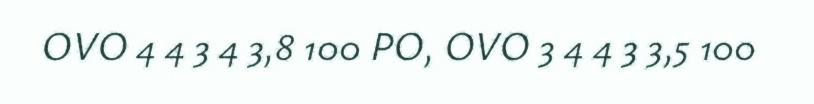
OVO 4 4 3 4 3,8 100 PO, OVO 3 4 4 3 3,5 100